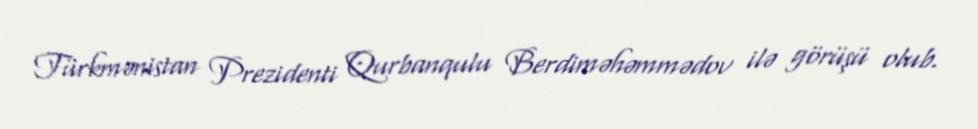
Türkmənistan Prezidenti Qurbanqulu Berdiməhəmmədov ilə görüşü olub.